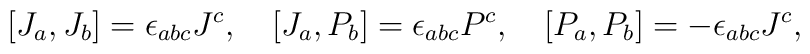
[J_{a},J_{b}]=\epsilon_{abc}J^{c},\quad [J_{a},P_{b}]=\epsilon_{abc}P^{c}, \quad [P_{a},P_{b}]=-\epsilon_{abc}J^{c},